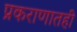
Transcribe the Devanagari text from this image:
प्रकराणातही